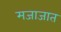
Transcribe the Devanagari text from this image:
मजाजात